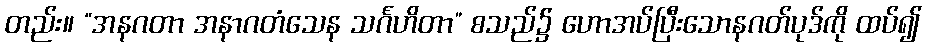
တည်း။ “အနဂတာ အနာဂတံသေန သင်္ဂဟိတာ” စသည်၌ ဟောအပ်ပြီးသောနဂတ်ပုဒ်ကို ထပ်၍